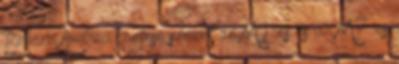
Belicza Andrea közlése szerint az M1-es és az M7-es